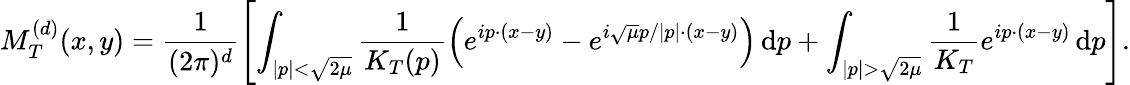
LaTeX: M_{T}^{(d)}(x,y)=\frac{1}{(2\pi)^{d}}\left[\int_{|p|<\sqrt{2\mu}}\frac{1}{K_{T}(p)}\left(e^{ip\cdot(x-y)}-e^{i\sqrt{\mu}p/|p|\cdot(x-y)}\right)\, \textnormal{d}p+\int_{|p|>\sqrt{2\mu}}\frac{1}{K_{T}}e^{ip\cdot(x-y)}\, \textnormal{d}p\right].